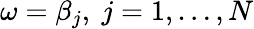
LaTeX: \omega=\beta_{j},~j=1,\ldots,N